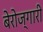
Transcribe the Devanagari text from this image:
बेरोज्गारी